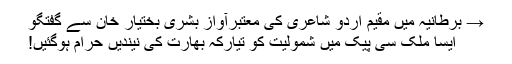
→ برطانیہ میں مقیم اردو شاعری کی معتبرآواز بشریٰ بختیار خان سے گفتگو
ایسا ملک سی پیک میں شمولیت کو تیارکہ بھارت کی نیندیں حرام ہوگئیں!